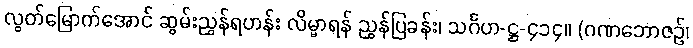
လွတ်မြောက်အောင် ဆွမ်းညွှန်ရဟန်း လိမ္မာရန် ညွှန်ပြခန်း၊ သင်္ဂဟ-ဋ္ဌ-၄၁၄။ (ဂဏဘောဇဉ်၊